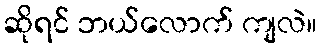
ဆိုရင် ဘယ်လောက် ကျလဲ။